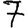
Digit: 7